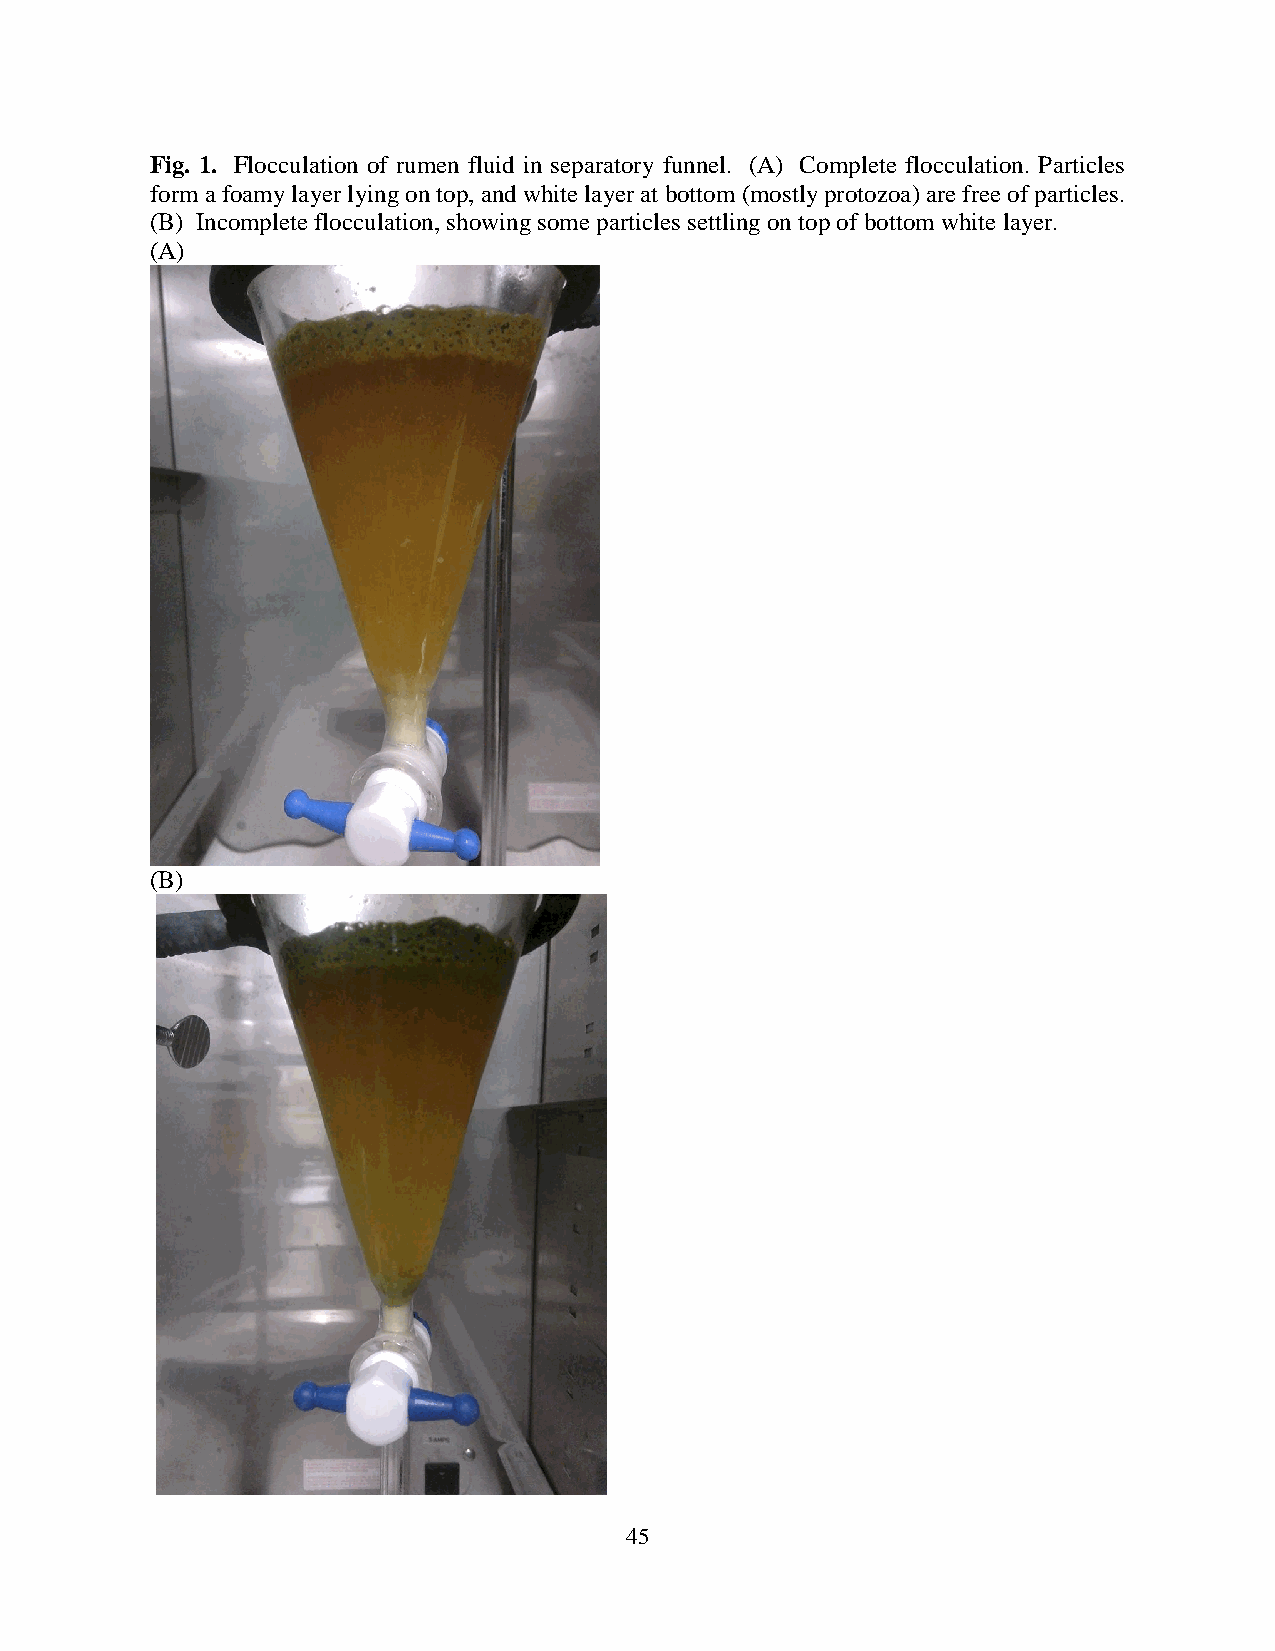
Fig. 1. Flocculation of rumen fluid in separatory funnel. (A) Complete flocculation. Particles
 form a foamy layer lying on top, and white layer at bottom (mostly protozoa) are free of particles.
 (B) Incomplete flocculation, showing some particles settling on top of bottom white layer.
 (A)
 (B)
 45